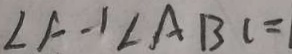
\angle A - 1 \angle A B C =